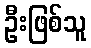
ဦးဖြစ်သူ